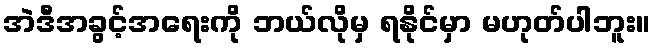
အဲဒီအခွင့်အရေးကို ဘယ်လိုမှ ရနိုင်မှာ မဟုတ်ပါဘူး။